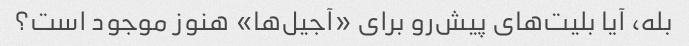
بله، آیا بلیت‌های پیش‌رو برای «آجیل‌ها» هنوز موجود است؟